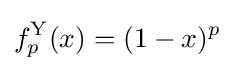
f_{p}^{\mathrm {Y} }(x)=(1-x)^{p}